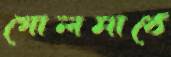
গোলমাঠে